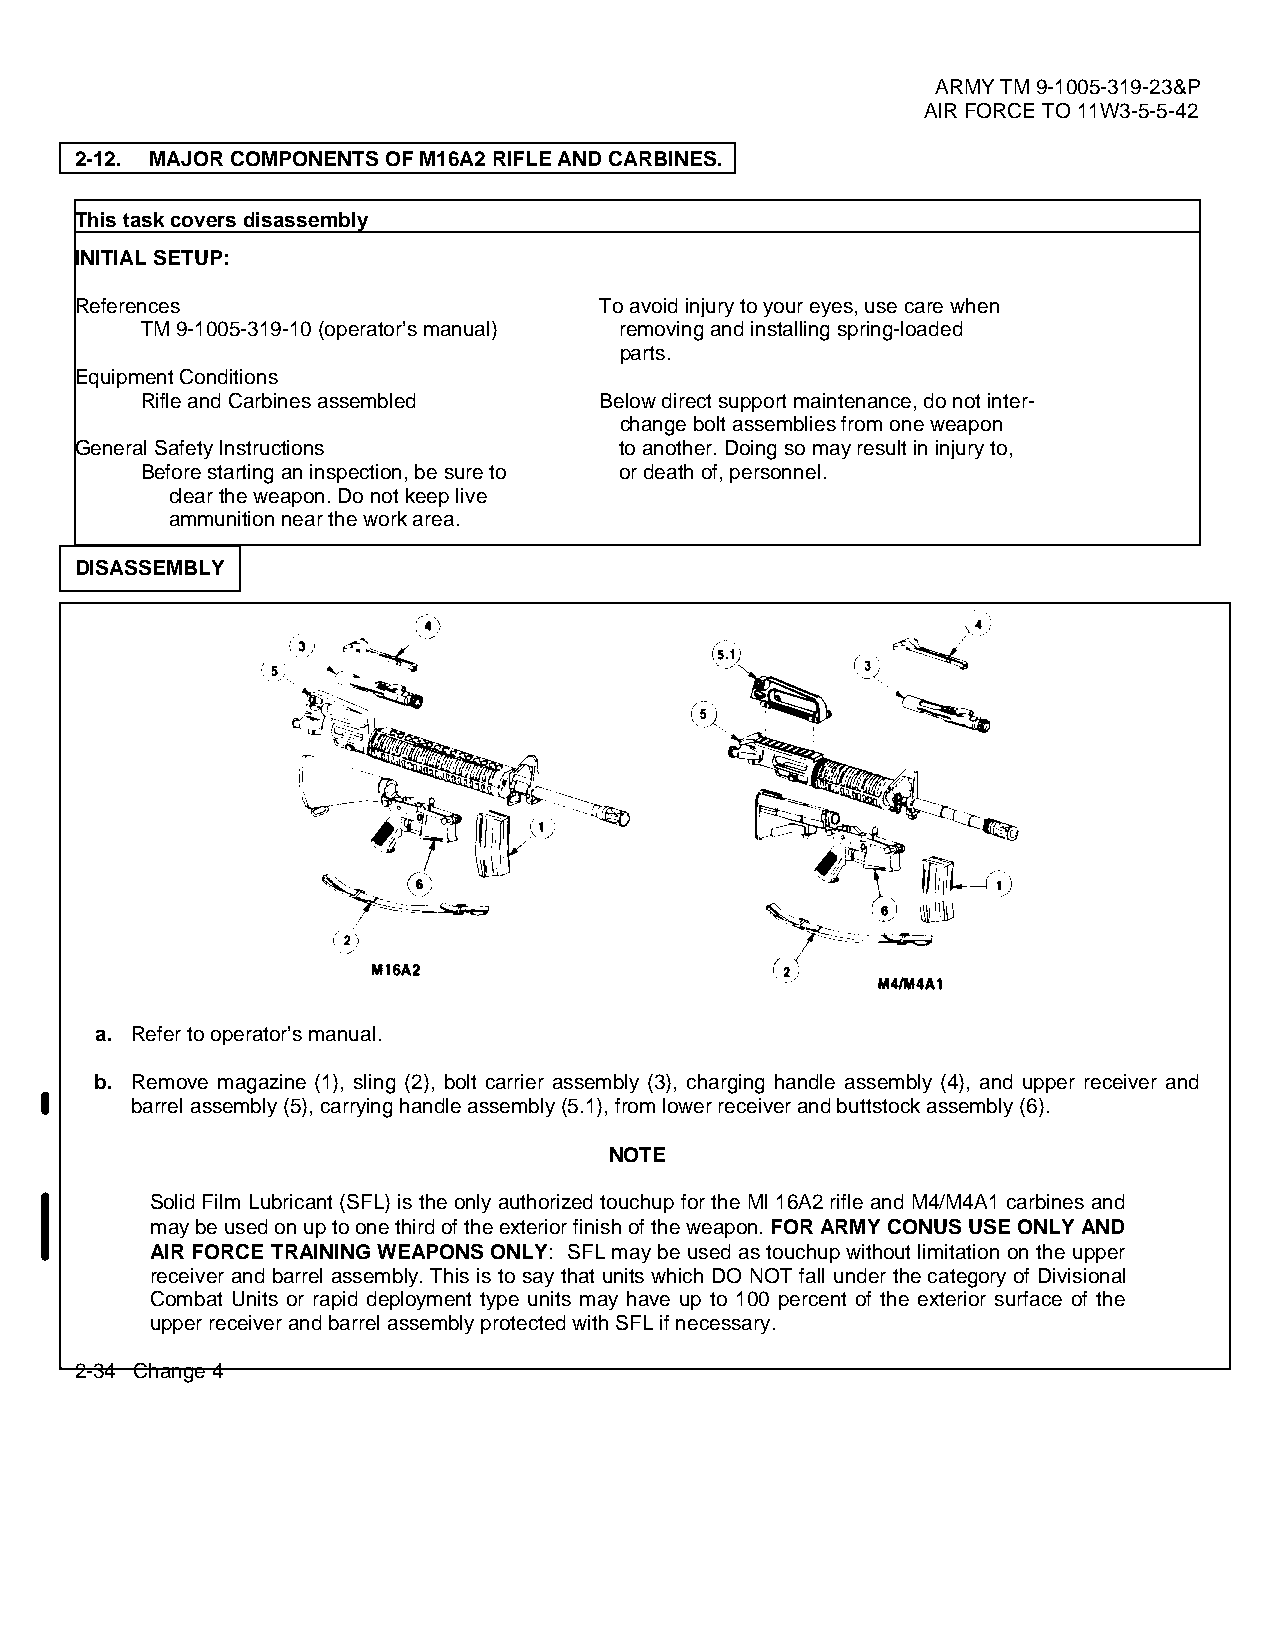
ARMY TM 9-1005-319-23&P
 AIR FORCE TO 11W3-5-5-42
 2-12. MAJOR COMPONENTS OF M16A2 RIFLE AND CARBINES.
 This task covers disassembly
 INITIAL SETUP:
 References                         To avoid injury to your eyes, use care when
 TM 9-1005-319-10 (operator’s manual) removing and installing spring-loaded
 parts.
 Equipment Conditions
 Rifle and Carbines assembled   Below direct support maintenance, do not inter-
 change bolt assemblies from one weapon
 General Safety Instructions         to another. Doing so may result in injury to,
 Before starting an inspection, be sure to or death of, personnel.
 clear the weapon. Do not keep live
 ammunition near the work area.
 DISASSEMBLY
 a. Refer to operator’s manual.
 b. Remove magazine (1), sling (2), bolt carrier assembly (3), charging handle assembly (4), and upper receiver and
 barrel assembly (5), carrying handle assembly (5.1), from lower receiver and buttstock assembly (6).
 NOTE
 Solid Film Lubricant (SFL) is the only authorized touchup for the Ml 16A2 rifle and M4/M4A1 carbines and
 may be used on up to one third of the exterior finish of the weapon. FOR ARMY CONUS USE ONLY AND
 AIR FORCE TRAINING WEAPONS ONLY: SFL may be used as touchup without limitation on the upper
 receiver and barrel assembly. This is to say that units which DO NOT fall under the category of Divisional
 Combat Units or rapid deployment type units may have up to 100 percent of the exterior surface of the
 upper receiver and barrel assembly protected with SFL if necessary.
 2-34 Change 4